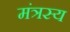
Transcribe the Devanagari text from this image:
मंत्रस्य